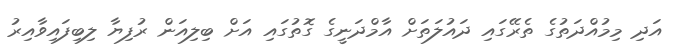
އަދި މިމުއްދަތުގެ ތެރޭގައި ދައުލަތަށް އާމްދަނީގެ ގޮތުގައި އަށް ބިލިއަން ރުފިޔާ ލިބިފައިވާއިރު